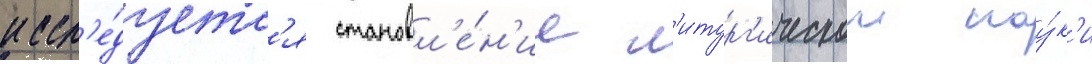
иссл'е́дуетс'я становл'е́н'ие л'итург'ическои нау́к'и